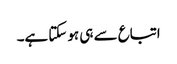
اتباع سے ہی ہو سکتا ہے۔